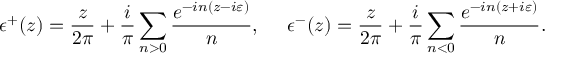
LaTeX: \epsilon ^ { + } ( z ) = \frac { z } { 2 \pi } + \frac { i } { \pi } \sum _ { n > 0 } \frac { e ^ { - i n ( z - i \varepsilon ) } } { n } , ~ ~ ~ ~ \epsilon ^ { - } ( z ) = \frac { z } { 2 \pi } + \frac { i } { \pi } \sum _ { n < 0 } \frac { e ^ { - i n ( z + i \varepsilon ) } } { n } .